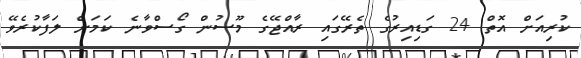
ކުރިއަށް އޮތް 24 ގަޑިއިރުގެ ތެރޭގައި ރާއްޖޭގެ މޫސުން ގޯސްވާނެ ކަމަށް ލަފާކުރެވޭ